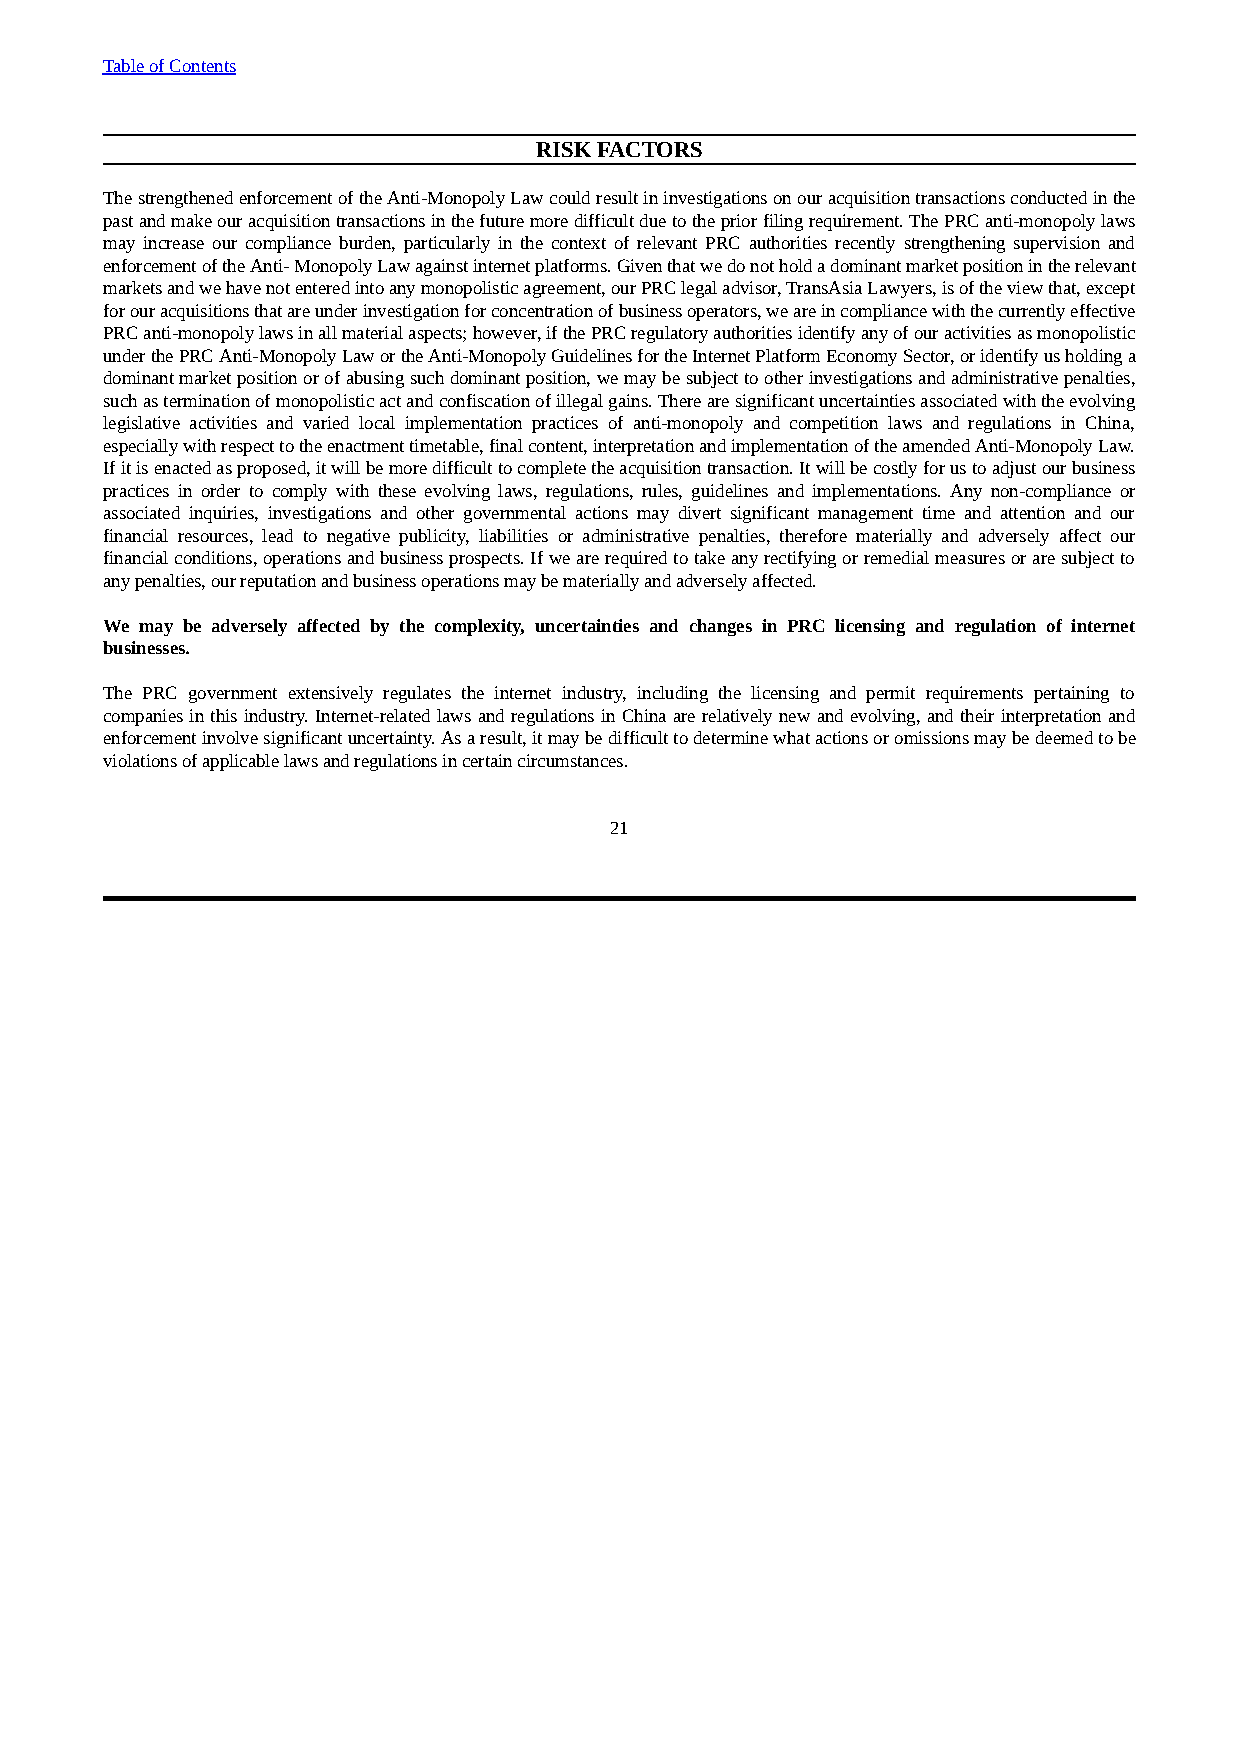
Table of Contents
 RISK FACTORS
 The strengthened enforcement of the Anti-Monopoly Law could result in investigations on our acquisition transactions conducted in the
 past and make our acquisition transactions in the future more difficult due to the prior filing requirement. The PRC anti-monopoly laws
 may increase our compliance burden, particularly in the context of relevant PRC authorities recently strengthening supervision and
 enforcement of the Anti- Monopoly Law against internet platforms. Given that we do not hold a dominant market position in the relevant
 markets and we have not entered into any monopolistic agreement, our PRC legal advisor, TransAsia Lawyers, is of the view that, except
 for our acquisitions that are under investigation for concentration of business operators, we are in compliance with the currently effective
 PRC anti-monopoly laws in all material aspects; however, if the PRC regulatory authorities identify any of our activities as monopolistic
 under the PRC Anti-Monopoly Law or the Anti-Monopoly Guidelines for the Internet Platform Economy Sector, or identify us holding a
 dominant market position or of abusing such dominant position, we may be subject to other investigations and administrative penalties,
 such as termination of monopolistic act and confiscation of illegal gains. There are significant uncertainties associated with the evolving
 legislative activities and varied local implementation practices of anti-monopoly and competition laws and regulations in China,
 especially with respect to the enactment timetable, final content, interpretation and implementation of the amended Anti-Monopoly Law.
 If it is enacted as proposed, it will be more difficult to complete the acquisition transaction. It will be costly for us to adjust our business
 practices in order to comply with these evolving laws, regulations, rules, guidelines and implementations. Any non-compliance or
 associated inquiries, investigations and other governmental actions may divert significant management time and attention and our
 financial resources, lead to negative publicity, liabilities or administrative penalties, therefore materially and adversely affect our
 financial conditions, operations and business prospects. If we are required to take any rectifying or remedial measures or are subject to
 any penalties, our reputation and business operations may be materially and adversely affected.
 We may be adversely affected by the complexity, uncertainties and changes in PRC licensing and regulation of internet
 businesses.
 The PRC government extensively regulates the internet industry, including the licensing and permit requirements pertaining to
 companies in this industry. Internet-related laws and regulations in China are relatively new and evolving, and their interpretation and
 enforcement involve significant uncertainty. As a result, it may be difficult to determine what actions or omissions may be deemed to be
 violations of applicable laws and regulations in certain circumstances.
 21